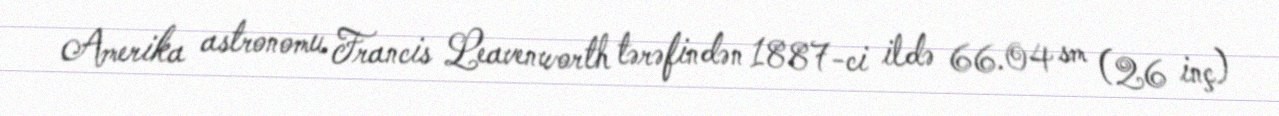
Amerika astronomu Francis Leavenworth tərəfindən 1887-ci ildə 66.04 sm (26 inç)